Civil Veterinary Dept. Bombay admin report 1907-1913 - 1907-1913
Year: 1907
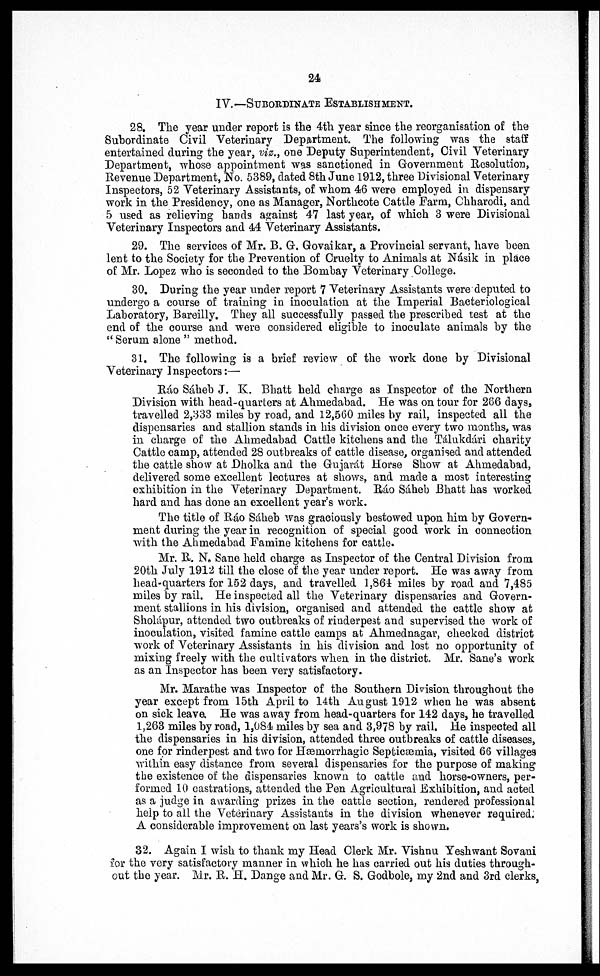
24
IV.— SUBORDINATE ESTABLISHMENT
28. The year under report is the 4th year since the reorganisation of the
Subordinate Civil Veterinary Department. The following was the staff
entertained during the year, viz., one Deputy Superintendent, Civil Veterinary
Department, whose appointment was sanctioned in Government Resolution,
Revenue Department, No. 5389, dated 8th June 1912, three Divisional Veterinary
Inspectors, 52 Veterinary Assistants, of whom 46 were employed in dispensary
work in the Presidency, one as Manager, Northcote Cattle Farm, Chharodi, and
5 used as relieving hands against 47 last year, of which 3 were Divisional
Veterinary Inspectors and 44 Veterinary Assistants.
29. The services of Mr. B. G. Govaikar, a Provincial servant, have been
lent to the Society for the Prevention of Cruelty to Animals at Násik in place
of Mr. Lopez who is seconded to the Bombay Veterinary College.
30. During the year under report 1 Veterinary Assistants were deputed to
undergo a course of training in inoculation at the Imperial Bacteriological
Laboratory, Bareilly. They all successfully passed the prescribed test at the
end of the course and were considered eligible to inoculate animals by the
"Serum alone" method.
31. The following is a brief review of the work done by Divisional
Veterinary Inspectors:—
Ráo Sáheb J. K. Bhatt held charge as Inspector of the Northern
Division with head-quarters at Ahmedabad. He was on tour for 286 days,
travelled 2,333 miles by road, and 12,560 miles by rail, inspected all the
dispensaries and stallion stands in his division once every two months, was
in charge of the Ahmedabad Cattle kitchens and the Tálukdári charity
Cattle camp, attended 28 outbreaks of cattle disease, organised and attended
the cattle show at Dholka and the Gujarát Horse Show at Ahmedabad,
delivered some excellent lectures at shows, and made a most interesting
exhibition in the Veterinary Department. Ráo Sáheb Bhatt has worked
hard and has done an excellent year's work.
The title of Ráo Sáheb was graciously bestowed upon him by Govern-
ment during the year in recognition of special good work in connection
with the Ahmedabad Famine kitchens for cattle.
Mr. R. N. Sane held charge as Inspector of the Central Division from
20th July 1912 till the close of the year under report. He was away from
head-quarters for 152 days, and travelled 1,864 miles by road and 7,485
miles by rail. He inspected all the Veterinary dispensaries and Govern-
ment stallions in his division, organised and attended the cattle show at
Sholápur, attended two outbreaks of rinderpest and supervised the work of
inoculation, visited famine cattle camps at Ahmednagar, checked district
work of Veterinary Assistants in his division and lost no opportunity of
mixing freely with the cultivators when in the district. Mr. Sane's work
as an Inspector has been very satisfactory.
Mr. Marathe was Inspector of the Southern Division throughout the
year except from 15th April to 14th August 1912 when he was absent
on sick leave. He was away from head-quarters for 142 days, he travelled
1,263 miles by road, 1,084 miles by sea and 3,978 by rail. He inspected all
the dispensaries in his division, attended three outbreaks of cattle diseases,
one for rinderpest and two for Hæmorrhagic Septicæmia, visited 66 villages
within easy distance from several dispensaries for the purpose of making
the existence of the dispensaries known to cattle and horse-owners, per-
formed 10 castrations, attended the Pen Agricultural Exhibition, and acted
as a judge in awarding prizes in the cattle section, rendered professional
help to all the Veterinary Assistants in the division whenever required.
A considerable improvement on last years's work is shown.
32. Again I wish to thank my Head Clerk Mr. Vishnu Yeshwant Sovani
for the very satisfactory manner in which he has carried out his duties through-
out the year. Mr. B. H. Dange and Mr. G. S. Godbole, my 2nd and 3rd clerks,